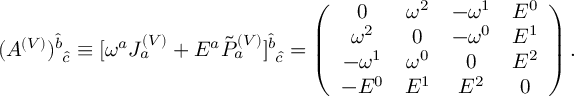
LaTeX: ( A ^ { ( V ) } ) _ { \mathrm { ~ } \hat { c } } ^ { \hat { b } } \equiv [ \omega ^ { a } J _ { a } ^ { ( V ) } + E ^ { a } \tilde { P } _ { a } ^ { ( V ) } ] _ { \mathrm { ~ } \hat { c } } ^ { \hat { b } } = \left( \begin{array} { c c c c } { { 0 } } & { { \omega ^ { 2 } } } & { { - \omega ^ { 1 } } } & { { E ^ { 0 } } } \\ { { \omega ^ { 2 } } } & { { 0 } } & { { - \omega ^ { 0 } } } & { { E ^ { 1 } } } \\ { { - \omega ^ { 1 } } } & { { \omega ^ { 0 } } } & { { 0 } } & { { E ^ { 2 } } } \\ { { - E ^ { 0 } } } & { { E ^ { 1 } } } & { { E ^ { 2 } } } & { { 0 } } \end{array} \right) .